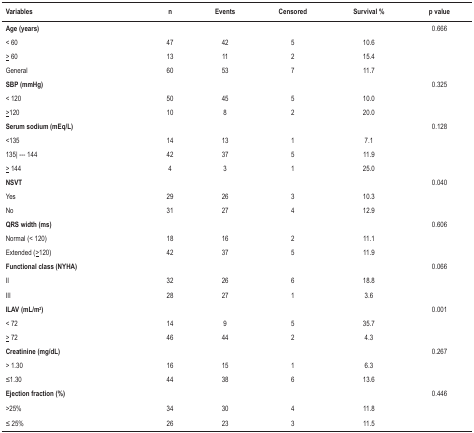
| Variables | n | Events | Censored | Survival % | p value |
 | --- | --- | --- | --- | --- | --- |
 | Age (years) |  |  |  |  | 0.666 |
 | < 60 | 47 | 42 | 5 | 10.6 |  |
 | > 60 | 13 | 11 | 2 | 15.4 |  |
 | General | 60 | 53 | 7 | 11.7 |  |
 | SBP (mmHg) |  |  |  |  | 0.325 |
 | < 120 | 50 | 45 | 5 | 10.0 |  |
 | >120 | 10 | 8 | 2 | 20.0 |  |
 | Serum sodium (mEq/L) |  |  |  |  | 0.128 |
 | <135 | 14 | 13 | 1 | 7.1 |  |
 | 135| --- 144 | 42 | 37 | 5 | 11.9 |  |
 | > 144 | 4 | 3 | 1 | 25.0 |  |
 | NSVT |  |  |  |  | 0.040 |
 | Yes | 29 | 26 | 3 | 10.3 |  |
 | No | 31 | 27 | 4 | 12.9 |  |
 | QRS width (ms) |  |  |  |  | 0.606 |
 | Normal (< 120) | 18 | 16 | 2 | 11.1 |  |
 | Extended (>120) | 42 | 37 | 5 | 11.9 |  |
 | Functional class (NYHA) |  |  |  |  | 0.066 |
 | II | 32 | 26 | 6 | 18.8 |  |
 | III | 28 | 27 | 1 | 3.6 |  |
 | ILAV(mL/m2) |  |  |  |  | 0.001 |
 | < 72 | 14 | 9 | 5 | 35.7 |  |
 | > 72 | 46 | 44 | 2 | 4.3 |  |
 | Creatinine (mg/dL) |  |  |  |  | 0.267 |
 | > 1.30 | 16 | 15 | 1 | 6.3 |  |
 | ≤1.30 | 44 | 38 | 6 | 13.6 |  |
 | Ejection fraction (%) |  |  |  |  | 0.446 |
 | >25% | 34 | 30 | 4 | 11.8 |  |
 | ≤ 25% | 26 | 23 | 3 | 11.5 |  |